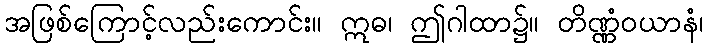
အဖြစ်ကြောင့်လည်းကောင်း။ ဣဓ၊ ဤဂါထာ၌။ တိဏ္ဏံဝယာနံ၊